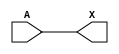
module sky130_fd_sc_lp__dlymetal6s6s (
    X,
    A
);
    output X;
    input  A;
    wire buf0_out_X;
    buf buf0 (buf0_out_X, A              );
    buf buf1 (X         , buf0_out_X     );
endmodule